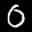
Label: 0